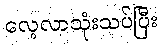
လေ့လာသုံးသပ်ပြီး